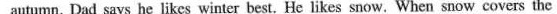
autumn. Dad says he likes winter best. He likes snow. When snow covers the